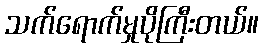
သက်ရောက်မှုပိုကြီးတယ်။